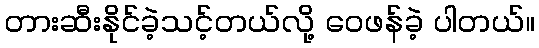
တားဆီးနိုင်ခဲ့သင့်တယ်လို့ ဝေဖန်ခဲ့ ပါတယ်။